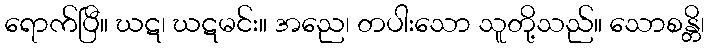
ရောက်ပြီ။ ဃဋ၊ ဃဋမင်း။ အညေ၊ တပါးသော သူတို့သည်။ သောစန္တိ၊